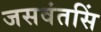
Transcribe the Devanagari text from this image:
जसवंतसिं